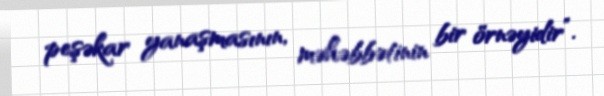
peşəkar yanaşmasının, məhəbbətinin bir örnəyidir”.